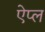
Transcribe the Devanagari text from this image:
ऐप्ल